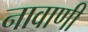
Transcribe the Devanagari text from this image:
नावाणी